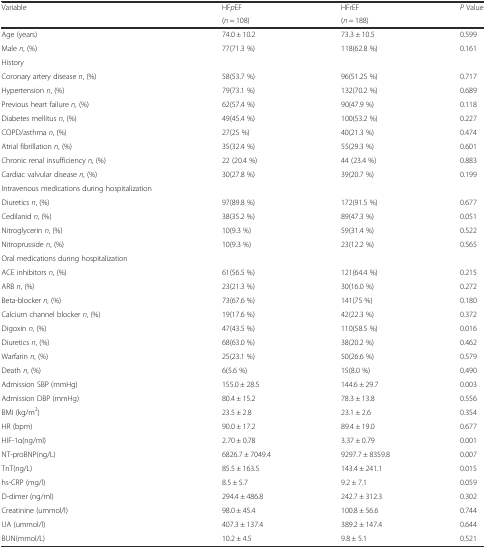
<table><thead><tr><td><b>Variable</b></td><td><b>HF<i>p</i>EF</b></td><td><b>HF<i>r</i>EF</b></td><td><b><i>P</i> Value</b></td></tr><tr><td></td><td><b>(<i>n</i> = 108)</b></td><td><b>(<i>n</i> = 188)</b></td><td></td></tr></thead><tbody><tr><td>Age (years)</td><td>74.0 ± 10.2</td><td>73.3 ± 10.5</td><td>0.599</td></tr><tr><td>Male <i>n</i>, (%)</td><td>77(71.3 %)</td><td>118(62.8 %)</td><td>0.161</td></tr><tr><td>History</td><td></td><td></td><td></td></tr><tr><td>Coronary artery disease <i>n</i>, (%)</td><td>58(53.7 %)</td><td>96(51.25 %)</td><td>0.717</td></tr><tr><td>Hypertension <i>n</i>, (%)</td><td>79(73.1 %)</td><td>132(70.2 %)</td><td>0.689</td></tr><tr><td>Previous heart failure <i>n</i>, (%)</td><td>62(57.4 %)</td><td>90(47.9 %)</td><td>0.118</td></tr><tr><td>Diabetes mellitus <i>n</i>, (%)</td><td>49(45.4 %)</td><td>100(53.2 %)</td><td>0.227</td></tr><tr><td>COPD/asthma <i>n</i>, (%)</td><td>27(25 %)</td><td>40(21.3 %)</td><td>0.474</td></tr><tr><td>Atrial fibrillation <i>n</i>, (%)</td><td>35(32.4 %)</td><td>55(29.3 %)</td><td>0.601</td></tr><tr><td>Chronic renal insufficiency <i>n</i>, (%)</td><td>22 (20.4 %)</td><td>44 (23.4 %)</td><td>0.883</td></tr><tr><td>Cardiac valvular disease <i>n</i>, (%)</td><td>30(27.8 %)</td><td>39(20.7 %)</td><td>0.199</td></tr><tr><td>Intravenous medications during hospitalization</td><td></td><td></td><td></td></tr><tr><td>Diuretics <i>n</i>, (%)</td><td>97(89.8 %)</td><td>172(91.5 %)</td><td>0.677</td></tr><tr><td>Cedilanid <i>n</i>, (%)</td><td>38(35.2 %)</td><td>89(47.3 %)</td><td>0.051</td></tr><tr><td>Nitroglycerin <i>n</i>, (%)</td><td>10(9.3 %)</td><td>59(31.4 %)</td><td>0.522</td></tr><tr><td>Nitroprusside <i>n</i>, (%)</td><td>10(9.3 %)</td><td>23(12.2 %)</td><td>0.565</td></tr><tr><td>Oral medications during hospitalization</td><td></td><td></td><td></td></tr><tr><td>ACE inhibitors <i>n</i>, (%)</td><td>61(56.5 %)</td><td>121(64.4 %)</td><td>0.215</td></tr><tr><td>ARB <i>n</i>, (%)</td><td>23(21.3 %)</td><td>30(16.0 %)</td><td>0.272</td></tr><tr><td>Beta-blocker <i>n</i>, (%)</td><td>73(67.6 %)</td><td>141(75 %)</td><td>0.180</td></tr><tr><td>Calcium channel blocker <i>n</i>, (%)</td><td>19(17.6 %)</td><td>42(22.3 %)</td><td>0.372</td></tr><tr><td>Digoxin <i>n</i>, (%)</td><td>47(43.5 %)</td><td>110(58.5 %)</td><td>0.016</td></tr><tr><td>Diuretics <i>n</i>, (%)</td><td>68(63.0 %)</td><td>38(20.2 %)</td><td>0.462</td></tr><tr><td>Warfarin <i>n</i>, (%)</td><td>25(23.1 %)</td><td>50(26.6 %)</td><td>0.579</td></tr><tr><td>Death <i>n</i>, (%)</td><td>6(5.6 %)</td><td>15(8.0 %)</td><td>0.490</td></tr><tr><td>Admission SBP (mmHg)</td><td>155.0 ± 28.5</td><td>144.6 ± 29.7</td><td>0.003</td></tr><tr><td>Admission DBP (mmHg)</td><td>80.4 ± 15.2</td><td>78.3 ± 13.8</td><td>0.556</td></tr><tr><td>BMI (kg/m<sup>2</sup>)</td><td>23.5 ± 2.8</td><td>23.1 ± 2.6</td><td>0.354</td></tr><tr><td>HR (bpm)</td><td>90.0 ± 17.2</td><td>89.4 ± 19.0</td><td>0.677</td></tr><tr><td>HIF-1α(ng/ml)</td><td>2.70 ± 0.78</td><td>3.37 ± 0.79</td><td>0.001</td></tr><tr><td>NT-proBNP(ng/L)</td><td>6826.7 ± 7049.4</td><td>9297.7 ± 8359.8</td><td>0.007</td></tr><tr><td>TnT(ng/L)</td><td>85.5 ± 163.5</td><td>143.4 ± 241.1</td><td>0.015</td></tr><tr><td>hs-CRP (mg/l)</td><td>8.5 ± 5.7</td><td>9.2 ± 7.1</td><td>0.059</td></tr><tr><td>D-dimer (ng/ml)</td><td>294.4 ± 486.8</td><td>242.7 ± 312.3</td><td>0.302</td></tr><tr><td>Creatinine (ummol/l)</td><td>98.0 ± 45.4</td><td>100.8 ± 56.6</td><td>0.744</td></tr><tr><td>UA (ummol/l)</td><td>407.3 ± 137.4</td><td>389.2 ± 147.4</td><td>0.644</td></tr><tr><td>BUN(mmol/L)</td><td>10.2 ± 4.5</td><td>9.8 ± 5.1</td><td>0.521</td></tr></tbody></table>